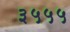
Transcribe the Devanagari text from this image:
३५५५